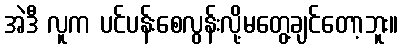
အဲဒီ လူက ပင်ပန်းစေလွန်းလို့မတွေ့ချင်တော့ဘူး။